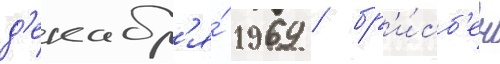
д'екабр'я́ 1969 / бр'и́сб'ен